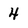
Character: 4